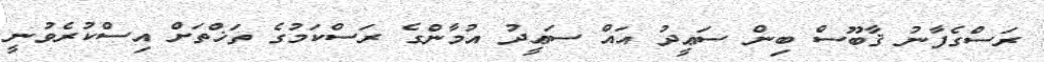
ރަސްގެފާނު ޤާބޫސް ބިން ސަޢީދު އައް ސަޢީދު އުމާންގެ ރަސްކަމުގެ ތަޚްތަށް އިސްކުރެވުނީ